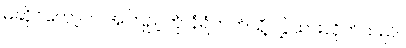
မဆိုင်တော့ဘဲ အကြည့်ကို နံရံဘက်သို့ လွှဲထားလိုက်သည်။